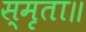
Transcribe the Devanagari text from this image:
स्मृता॥